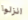
انزلوا